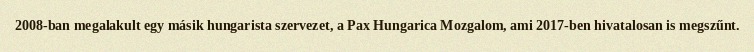
2008-ban megalakult egy másik hungarista szervezet, a Pax Hungarica Mozgalom, ami 2017-ben hivatalosan is megszűnt.